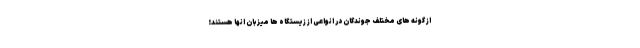
از گونه های مختلف جوندگان در انواعی از زیستگاه ها میزبان انها هستند؛